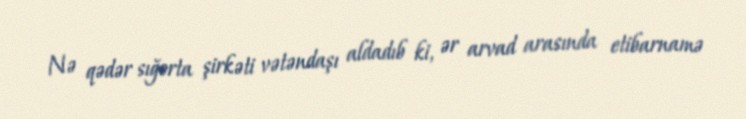
Nə qədər sığorta şirkəti vətəndaşı aldadıb ki, ər arvad arasında etibarnamə